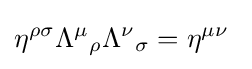
\eta ^{\rho \sigma }{\Lambda ^{\mu }}_{\rho }{\Lambda ^{\nu }}_{\sigma }=\eta ^{\mu \nu }~